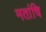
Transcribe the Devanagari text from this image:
मतांचि